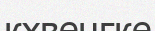
кхвенгке